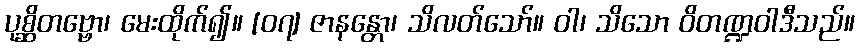
ပုစ္ဆိတဗ္ဗော၊ မေးထိုက်၍။ [၀၇] ဇာနန္တော၊ သိလတ်သော်။ ဝါ၊ သိသော ဝိတဏ္ဍဝါဒီသည်။